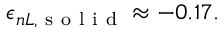
\epsilon _ { n L , \mathrm { ~ s ~ o ~ l ~ i ~ d ~ } } \approx - 0 . 1 7 .